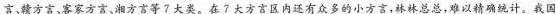
言、赣方宫、客家方言、湘方言等7大类。在7大方言区内还有众多的小方言，林林总总，难以精确统计。我国